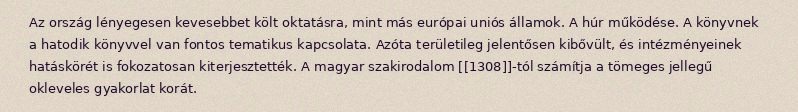
Az ország lényegesen kevesebbet költ oktatásra, mint más európai uniós államok. A húr működése. A könyvnek a hatodik könyvvel van fontos tematikus kapcsolata. Azóta területileg jelentősen kibővült, és intézményeinek hatáskörét is fokozatosan kiterjesztették. A magyar szakirodalom [[1308]]-tól számítja a tömeges jellegű okleveles gyakorlat korát.